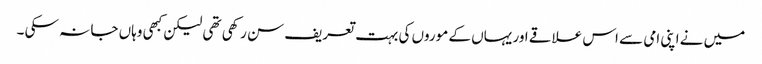
میں نے اپنی امی سے اس علاقے اور یہاں کے موروں کی بہت تعریف سن رکھی تھی لیکن کبھی وہاں جا نہ سکی ۔